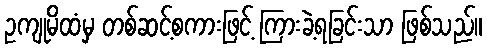
ဥကျုမိထံမှ တစ်ဆင့်စကားဖြင့် ကြားခဲ့ရခြင်းသာ ဖြစ်သည်။